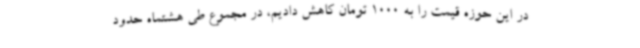
در این حوزه قیمت را به 1000 تومان کاهش دادیم، در مجموع طی هشتماه حدود